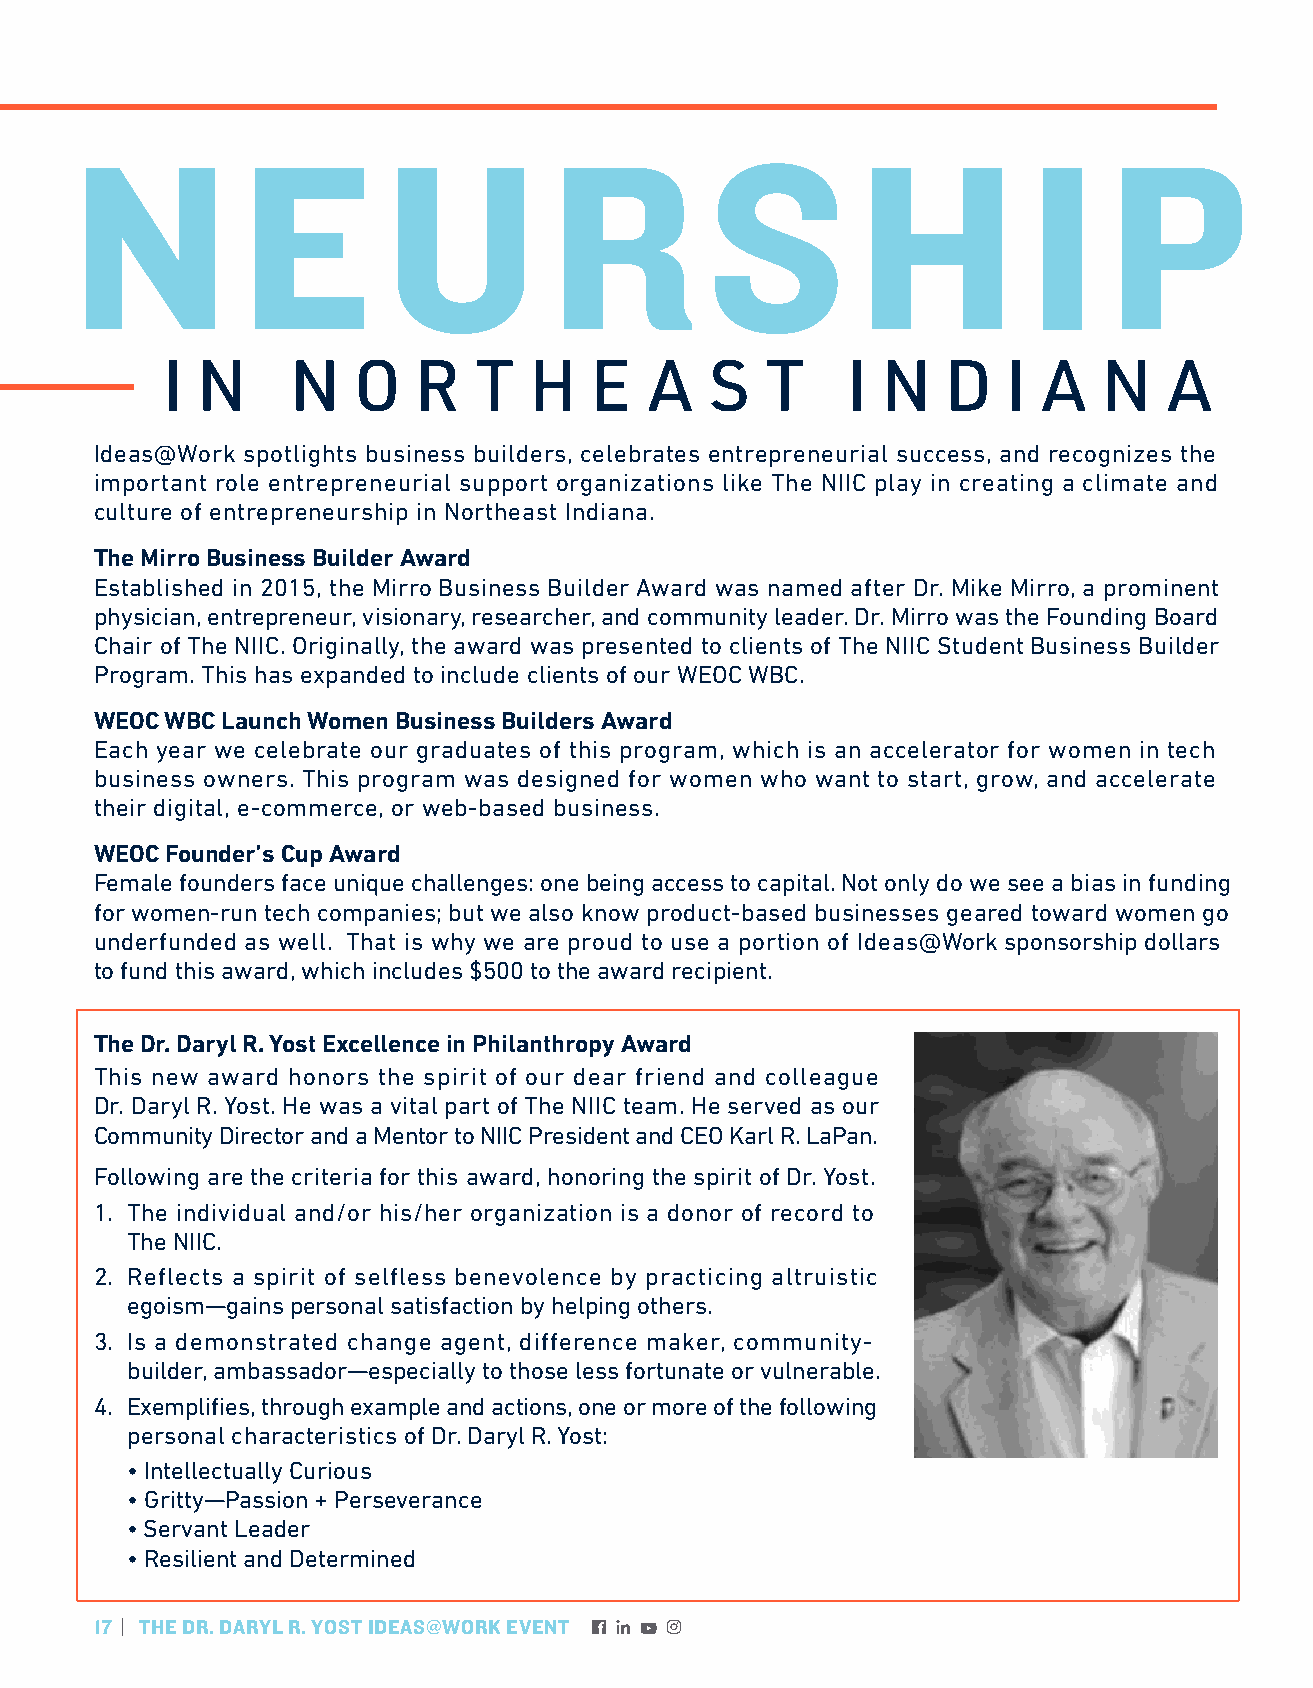
N          E        U          R          S         H          I    P
 I N     N   O   R   T   H   E   A   S   T    I N    D   I A   N   A
 Ideas@Work spotlights business builders, celebrates entrepreneurial success, and recognizes the
 important role entrepreneurial support organizations like The NIIC play in creating a climate and
 culture of entrepreneurship in Northeast Indiana.
 The Mirro Business Builder Award
 Established in 2015, the Mirro Business Builder Award was named after Dr. Mike Mirro, a prominent
 physician, entrepreneur, visionary, researcher, and community leader. Dr. Mirro was the Founding Board
 Chair of The NIIC. Originally, the award was presented to clients of The NIIC Student Business Builder
 Program. This has expanded to include clients of our WEOC WBC.
 WEOC WBC Launch Women Business Builders Award
 Each year we celebrate our graduates of this program, which is an accelerator for women in tech
 business owners. This program was designed for women who want to start, grow, and accelerate
 their digital, e-commerce, or web-based business.
 WEOC Founder’s Cup Award
 Female founders face unique challenges: one being access to capital. Not only do we see a bias in funding
 for women-run tech companies; but we also know product-based businesses geared toward women go
 underfunded as well. That is why we are proud to use a portion of Ideas@Work sponsorship dollars
 to fund this award, which includes $500 to the award recipient.
 The Dr. Daryl R. Yost Excellence in Philanthropy Award
 This new award honors the spirit of our dear friend and colleague
 Dr. Daryl R. Yost. He was a vital part of The NIIC team. He served as our
 Community Director and a Mentor to NIIC President and CEO Karl R. LaPan.
 Following are the criteria for this award, honoring the spirit of Dr. Yost.
 1. The individual and/or his/her organization is a donor of record to
 The NIIC.
 2. Reflects a spirit of selfless benevolence by practicing altruistic
 egoism—gains personal satisfaction by helping others.
 3. Is a demonstrated change agent, difference maker, community-
 builder, ambassador—especially to those less fortunate or vulnerable.
 4. Exemplifies, through example and actions, one or more of the following
 personal characteristics of Dr. Daryl R. Yost:
 • Intellectually Curious
 • Gritty—Passion + Perseverance
 • Servant Leader
 • Resilient and Determined
 17 | THE DR. DARYL R. YOST IDEAS@WORK EVENT